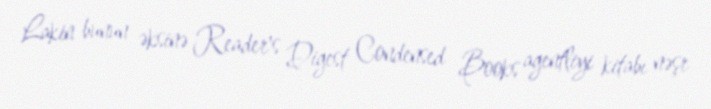
Lakin bunun əksinə Reader's Digest Condensed Books agentliyi kitabı nəşr